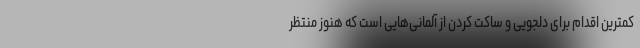
کمترین اقدام برای دلجویی و ساکت کردن از آلمانی‌هایی است که هنوز منتظر